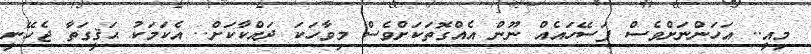
މިއީ.. އަހަންނަށްވެސް ފަސޭހައެއް ނޫން އެއްގޮތަކަށްވެސް މިވާހަކަ ދައްކާކަށް.. އެކަމަކު ޙަޤީގަތާ ޖެހޭނީ